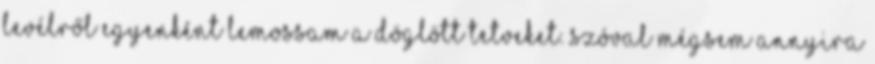
levélről egyenként lemossam a döglött tetveket. Szóval mégsem annyira